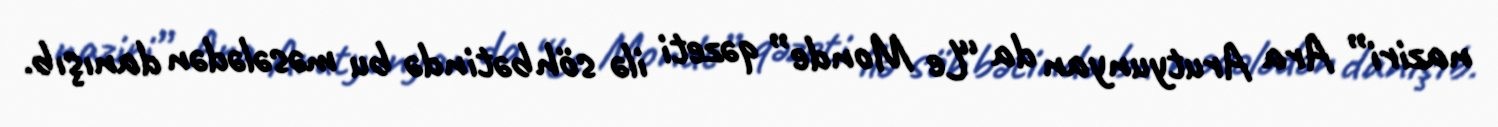
naziri” Ara Arutyunyan da “Le Monde” qəzeti ilə söhbətində bu məsələdən danışıb.